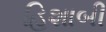
હિશાબી